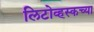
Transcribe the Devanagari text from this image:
लिटोव्हस्कच्या